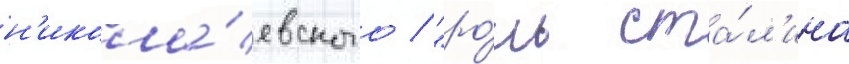
н'икола́евского / "ро́ль ста́л'ина